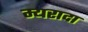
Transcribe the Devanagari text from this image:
म्यरादा